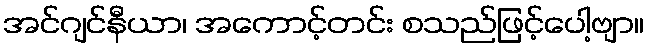
အင်ဂျင်နီယာ၊ အကောင့်တင်း စသည်ဖြင့်ပေါ့ဗျာ။